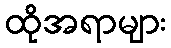
ထိုအရာများ